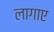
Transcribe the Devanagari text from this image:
लागाए